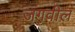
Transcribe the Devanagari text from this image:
जगवील